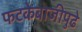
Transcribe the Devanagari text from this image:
फटकेबाजीपुढे